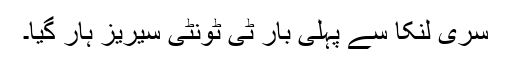
سری لنکا سے پہلی بار ٹی ٹونٹی سیریز ہار گیا۔